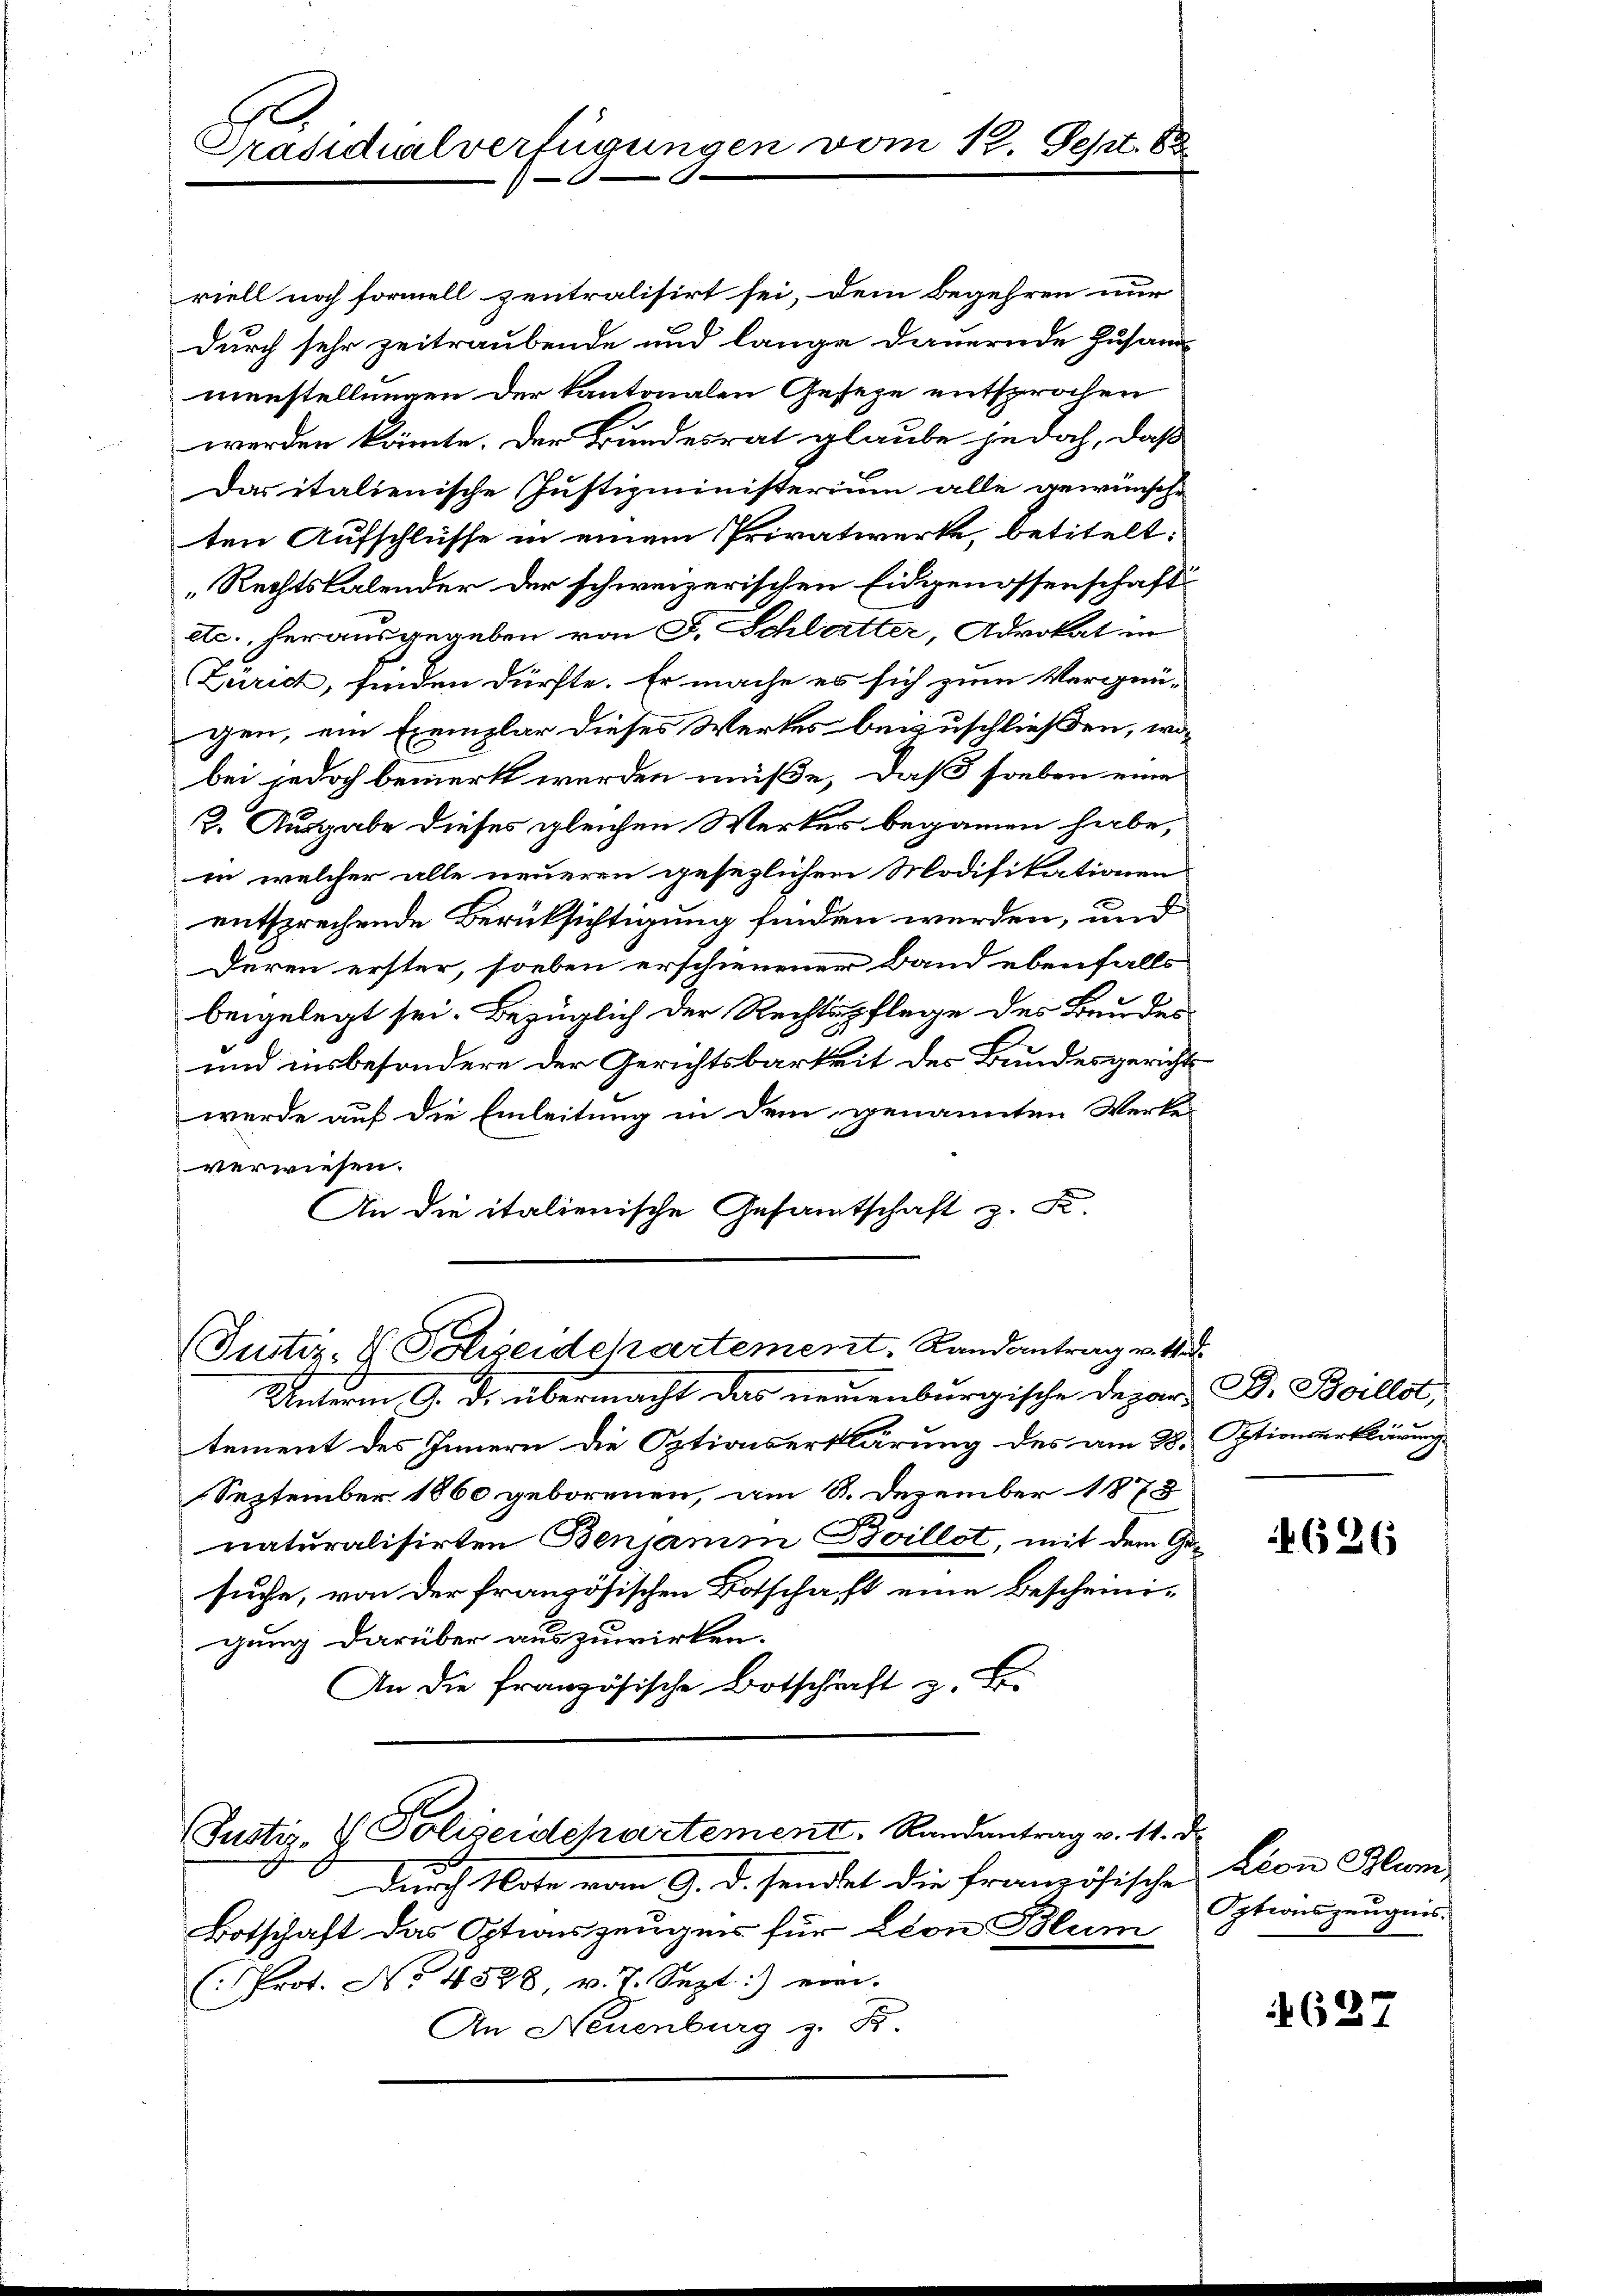
Präsicalverfügungen vom 12. Sept. 8

riell noch formell zentralisirt sei, dem Begehren nur
durch sehr zeitraubende und lange dauernde Zusam-
menstellungen der kantonalen Geseze entsprochen
werden könnte. Der Bundesrat glaube jedoch, daß
Das italienische Justizministerium alle gewünsche
ten Aufschlüsse in einem Privatwerke, betitelt:
„Rechtslalender der schweizerischen Eidgenossenschaft
etc., herausgegeben von F. Schlatter, Advokat in
(Zürich, finden dürfte. Er mache es sich zum Vergnü-
gen, ein Exemplar dieses Werkes beizuschließen, wa
bei jedoch bemerkt werden müße, daß soeben eine
2. Ausgabe dieses gleichen Werker begannen habe,
in welcher alle neueren gesezlichen Modifikationen
entsprechende Berücksichtigung finden werden, und
Duren erster, soeben erschienener Band ebenfalls
beigelegt sei. Bezüglich der Rechtspflege des Baudes
und insbesondere der Gerichtsbarkeit des Bundesgericht
werde auf die Einleitung in dem genannten Werke-
verwiesen.
An die italienische Gesamtschaft z. B.
(Justiz- & Polizeidepartement, Landantrag v. M.
Unterm 9. d. übermacht das neuenburgische Depar- DDr. Boillot,
tement des Innern die Optionserklärung des am 28.
September 1860 geborenen, am 8. Dezember 1873
naturalisirten Benjami Boillot, mit dem Gesuche, von der französischen Botschaft eine Bescheinigung darüber auszuwirken.
An die französische Botschrift z. B.
Justiz- & Polizeidchartement, Randantrag v. 11. d.
d durch Note vom 9. d. sendat die französische Lion Blum-
Botschaft das Optionszeugen für Lton Blum
Prot. No 4528, v. J. Sept:) vor-
An Neuenburg z. B.

1.
Optionserklärung

626

Optionszeugnis.

1627